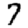
Digit: 7